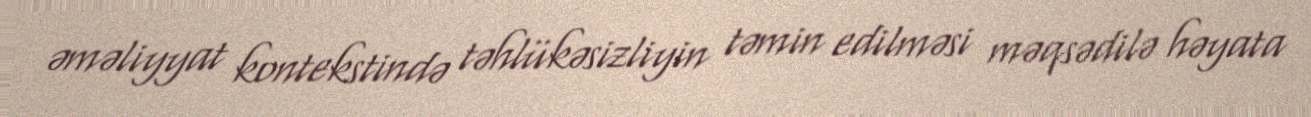
əməliyyat kontekstində təhlükəsizliyin təmin edilməsi məqsədilə həyata